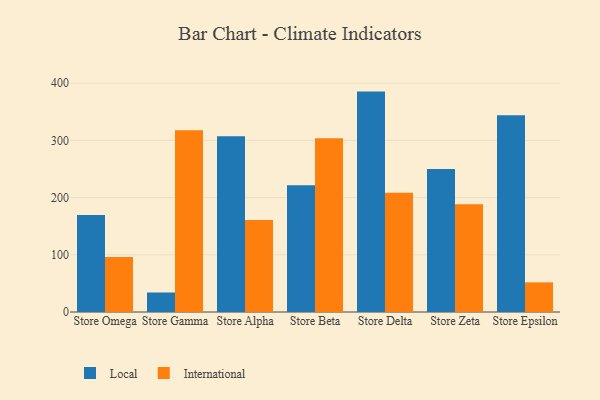
{"axis": {"x": "Store", "y": "Shipments"}, "legend": ["International", "Local"], "data": [{"x": "Store Omega", "y": 169.6, "type": "Local"}, {"x": "Store Omega", "y": 96.3, "type": "International"}, {"x": "Store Gamma", "y": 34.1, "type": "Local"}, {"x": "Store Gamma", "y": 317.6, "type": "International"}, {"x": "Store Alpha", "y": 307.3, "type": "Local"}, {"x": "Store Alpha", "y": 160.7, "type": "International"}, {"x": "Store Beta", "y": 221.7, "type": "Local"}, {"x": "Store Beta", "y": 303.7, "type": "International"}, {"x": "Store Delta", "y": 385.3, "type": "Local"}, {"x": "Store Delta", "y": 208.6, "type": "International"}, {"x": "Store Zeta", "y": 249.8, "type": "Local"}, {"x": "Store Zeta", "y": 188.2, "type": "International"}, {"x": "Store Epsilon", "y": 344.1, "type": "Local"}, {"x": "Store Epsilon", "y": 51.8, "type": "International"}]}